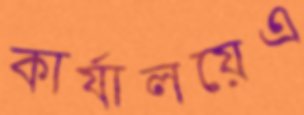
কার্যালয়েএ